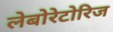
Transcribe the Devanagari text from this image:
लेबोरेटोरिज